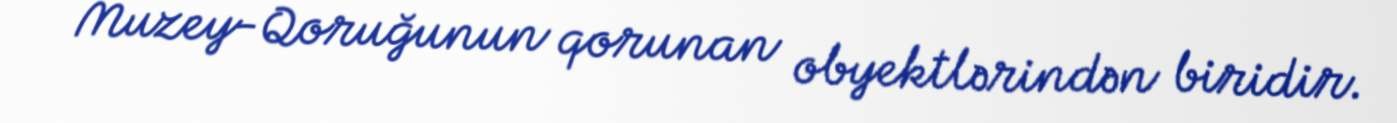
Muzey-Qoruğunun qorunan obyektlərindən biridir.